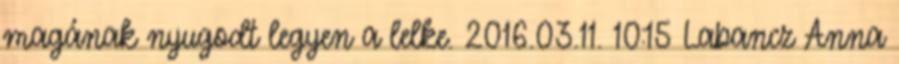
magának nyugodt legyen a lelke. 2016.03.11. 10:15 Labancz Anna